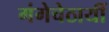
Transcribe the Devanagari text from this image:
गंगेचेठायीं